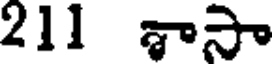
211 శాసా